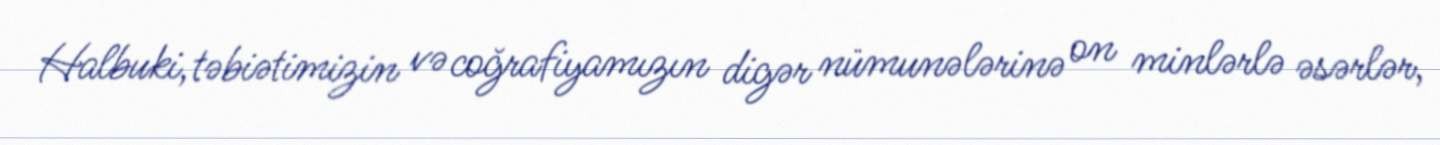
Halbuki, təbiətimizin və coğrafiyamızın digər nümunələrinə on minlərlə əsərlər,